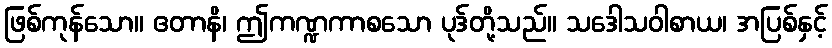
ဖြစ်ကုန်သော။ ဧတာနိ၊ ဤကဏ္ဍကာစသော ပုဒ်တို့သည်။ သဒေါသဝါစာယ၊ အပြစ်နှင့်